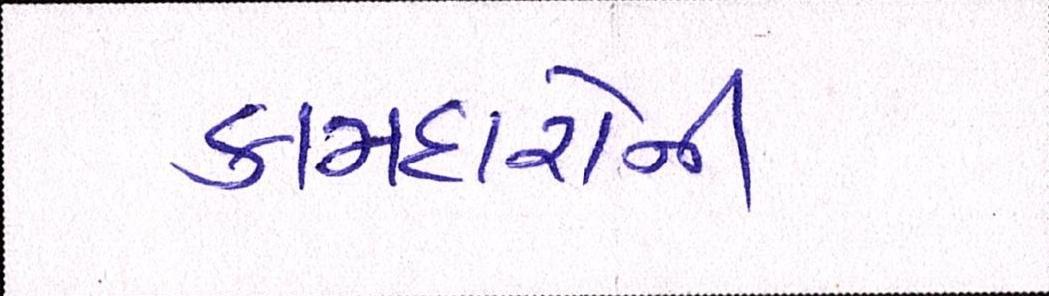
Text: કામદારોની